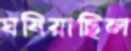
ঘষিয়াছিল